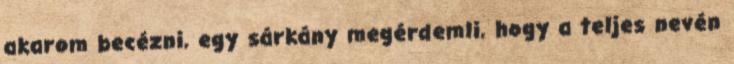
akarom becézni, egy sárkány megérdemli, hogy a teljes nevén